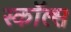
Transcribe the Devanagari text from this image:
स्कॉल्स